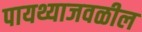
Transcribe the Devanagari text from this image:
पायथ्याजवळील